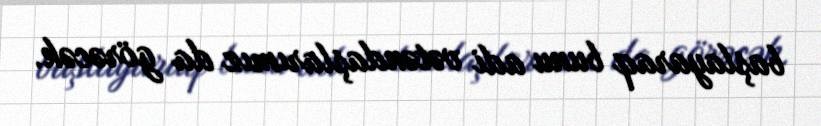
başlayaraq bunu adi vətəndaşlarımız da görəcək.